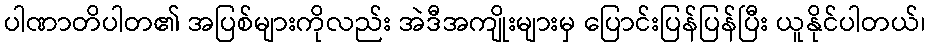
ပါဏာတိပါတ၏ အပြစ်များကိုလည်း အဲဒီအကျိုးများမှ ပြောင်းပြန်ပြန်ပြီး ယူနိုင်ပါတယ်၊